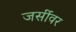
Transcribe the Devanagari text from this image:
जर्सीवर